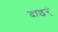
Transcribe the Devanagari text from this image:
दाइर्ं